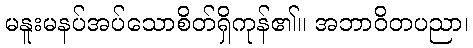
မနူးမနပ်အပ်သောစိတ်ရှိကုန်၏။ အဘာဝိတပညာ၊